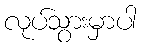
လုပ်သွားမှာပါ